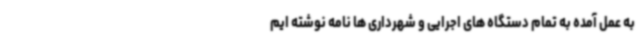
به عمل آمده به تمام دستگاه های اجرایی و شهرداری ها نامه نوشته ایم